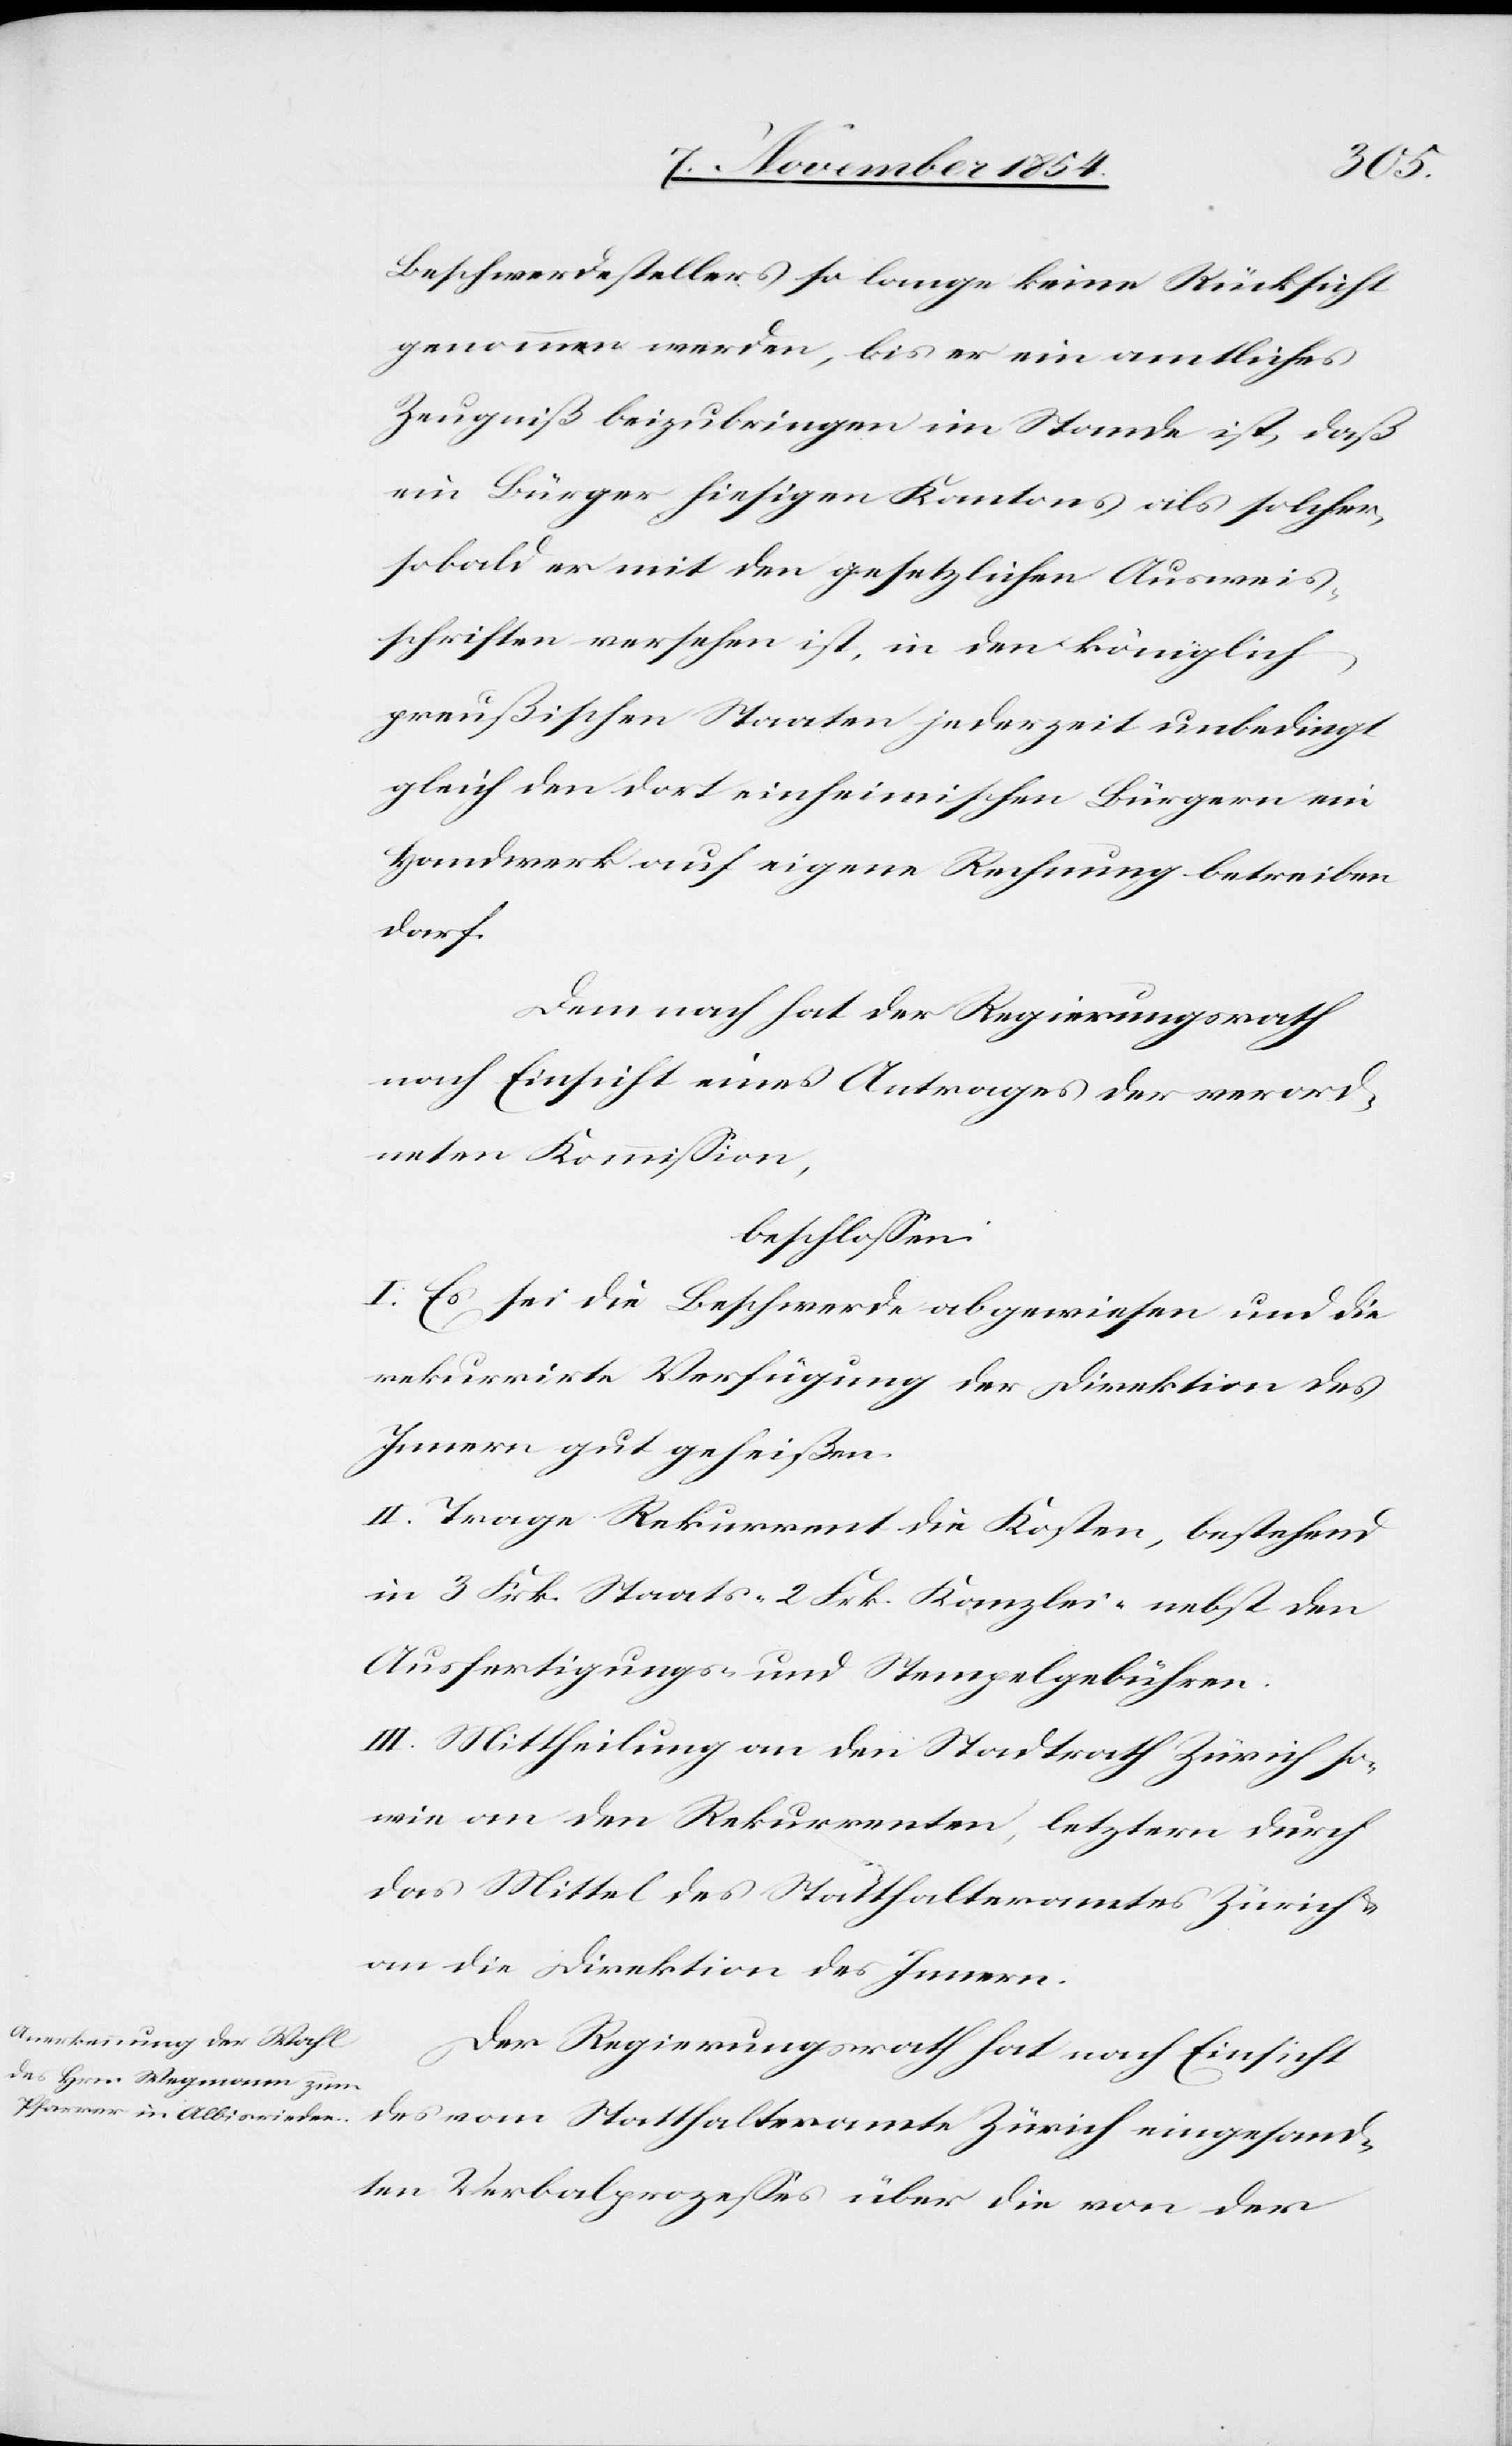
Beschwerdestellers so lange keine Rücksicht
genommen werden, bis er ein amtliches
Zeugniß beizubringen im Stande ist, daß
ein Bürger hiesigen Kantons als solcher,
sobald er mit den gesetzlichen Ausweis¬
schriften versehen ist, in den königlich
preußischen Staaten jederzeit unbedingt
gleich den dort einheimischen Bürgern ein
Handwerk auf eigene Rechnung betreiben
darf.
Demnach hat der Regierungsrath
nach Einsicht eines Antrages der verord¬
neten Kommißion,
beschloßen:
I. Es sei die Beschwerde abgewiesen und die
rekurrirte Verfügung der Direktion des
Innern gutgeheißen.
II, Trage Rekurrent die Kosten, bestehend
in 3 Frk. Staats-[,] 2 Frk. Kanzlei- nebst den
Ausfertigungs- und Stempelgebühren.
III. Mittheilung an den Stadtrath Zürich so¬
wie an den Rekurrenten, letztern durch
das Mittel des Statthalteramtes Zürich &
an die Direktion des Innern.
Der Regierungsrath hat nach Einsicht
des vom Statthalteramte Zürich eingesand¬
ten Verbalprozeßes über die von der